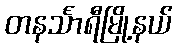
တနင်္သာရီမြို့နယ်